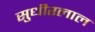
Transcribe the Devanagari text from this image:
सुधीरलाल